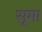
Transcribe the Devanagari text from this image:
सूमा